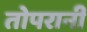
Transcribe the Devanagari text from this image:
तोपरानी